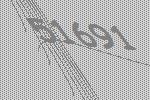
51691